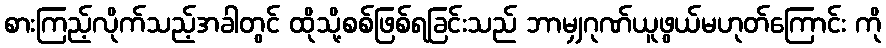
စားကြည့်လိုက်သည့်အခါတွင် ထိုသို့စစ်ဖြစ်ရခြင်းသည် ဘာမျှဂုဏ်ယူဖွယ်မဟုတ်ကြောင်း ကို